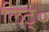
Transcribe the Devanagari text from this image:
लिट्०